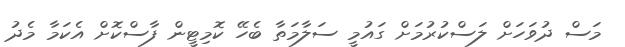
މަސް ދުވަހަށް ލަސްކުރުމަށް ގައުމީ ސަލާމަތާ ބެހޭ ކޮމިޓީން ފާސްކޮށް އެކަމާ މެދު